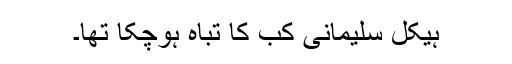
ہیکل سلیمانی کب کا تباہ ہوچکا تھا۔